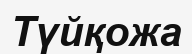
Түйқожа